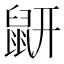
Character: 𪔾